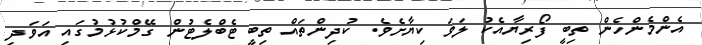
އެންމެންހެން ތިބީ ފޯރިޔާއެކު ލަވަ ކިޔާށެވެ. ކުދިންތައް ތިބީ ޓެބްލެޓުން ގޭމްކުޅުމުގައި އަވަދި